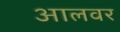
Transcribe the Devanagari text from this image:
आलवर